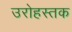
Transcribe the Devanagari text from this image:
उरोहस्तक